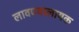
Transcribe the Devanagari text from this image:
लावण्यालायक